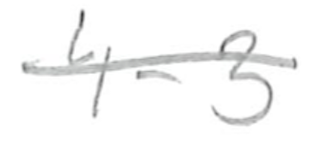
Text: 4-3
Cross-out: single-line
Writing tool: pencil